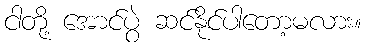
ငါတို့ အောင်ပွဲ ဆင်နိုင်ပါတော့မလား။